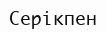
Серікпен